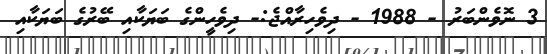
3 ނޮވެންބަރު - 1988 - ދިވެހިރާއްޖެ:- ދިވެހީންގެ ބަޔަކާއި ބޭރުގެ ބަޔަކާއި